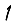
Digit: 1